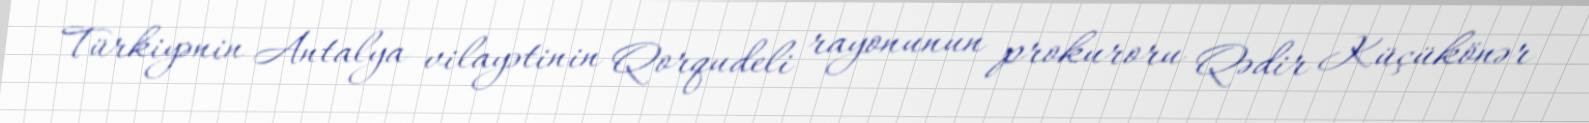
Türkiyənin Antalya vilayətinin Qorqudeli rayonunun prokuroru Qədir Küçükönər